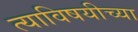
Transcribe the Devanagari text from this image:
त्याविषयीच्या